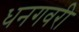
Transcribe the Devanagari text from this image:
धनगवरी